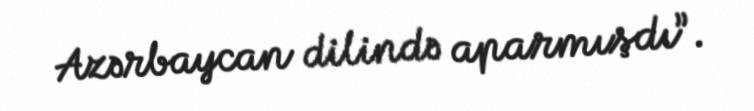
Azərbaycan dilində aparmışdı”.